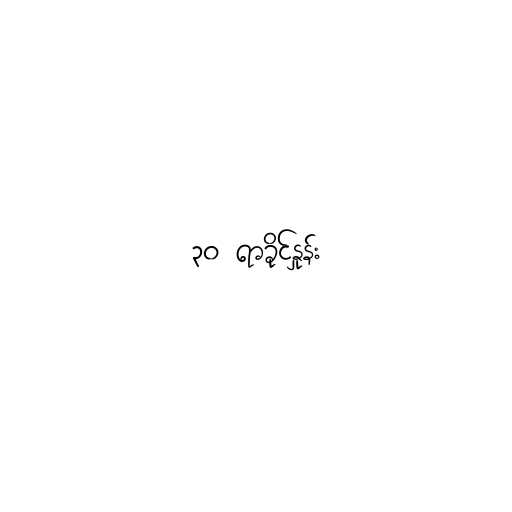
၃၀ ရာခိုင်နှုန်း